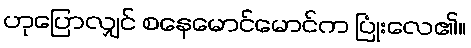
ဟုပြောလျှင် စနေမောင်မောင်က ပြုံးလေ၏။